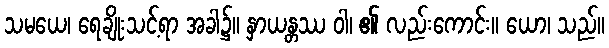
သမယေ၊ ရေချိုးသင့်ရာ အခါ၌။ နှာယန္တဿ ဝါ၊ ၏ လည်းကောင်း။ ယော၊ သည်။